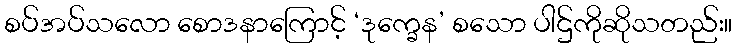
စပ်အပ်သလော စောဒနာကြောင့် ‘ဒုက္ခေန’ စသော ပါဌ်ကိုဆိုသတည်း။